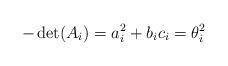
LaTeX: \begin{align*}-\det(A_i)=a_i^2+b_ic_i=\theta_i^2\end{align*}